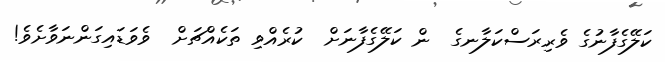
ކަލޭގެފާނުގެ ވެރިރަސްކަލާނގެ  ން ކަލޭގެފާނަށް  ކުރެއްވި ތަކެއްޗަށް  ވެވަޑައިގަންނަވާށެވެ!